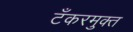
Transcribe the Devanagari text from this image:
टँकरमुक्त